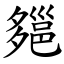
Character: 郺